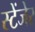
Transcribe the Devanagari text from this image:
स्टेंजेर